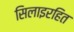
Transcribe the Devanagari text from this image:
सिलाइरहित